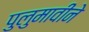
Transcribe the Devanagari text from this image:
पुलुमावीने